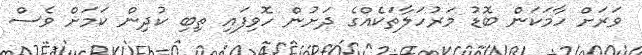
ވަރަށް ހާމަކަން ބޮޑު މަރުހަލާތަކެއްގެ ދަށުން ހޮވިފައި ތިބި ކުދިން ކަމަށް ވެސް